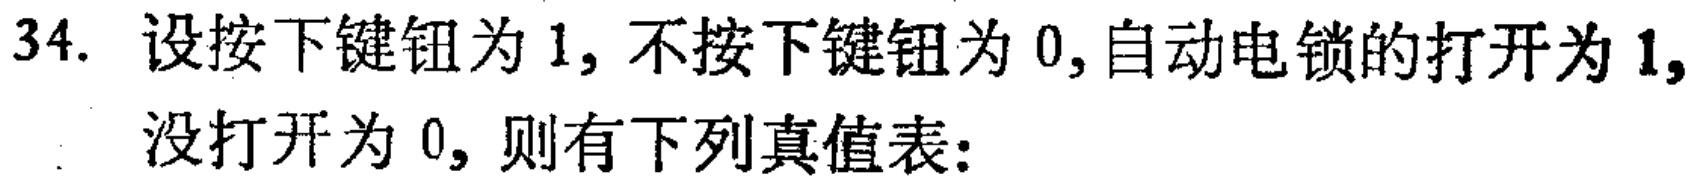
34. 设按下键钮为$1$, 不按下键钮为$0$, 自动电锁的打开为$1$, 没打开为$0$, 则有下列真值表: